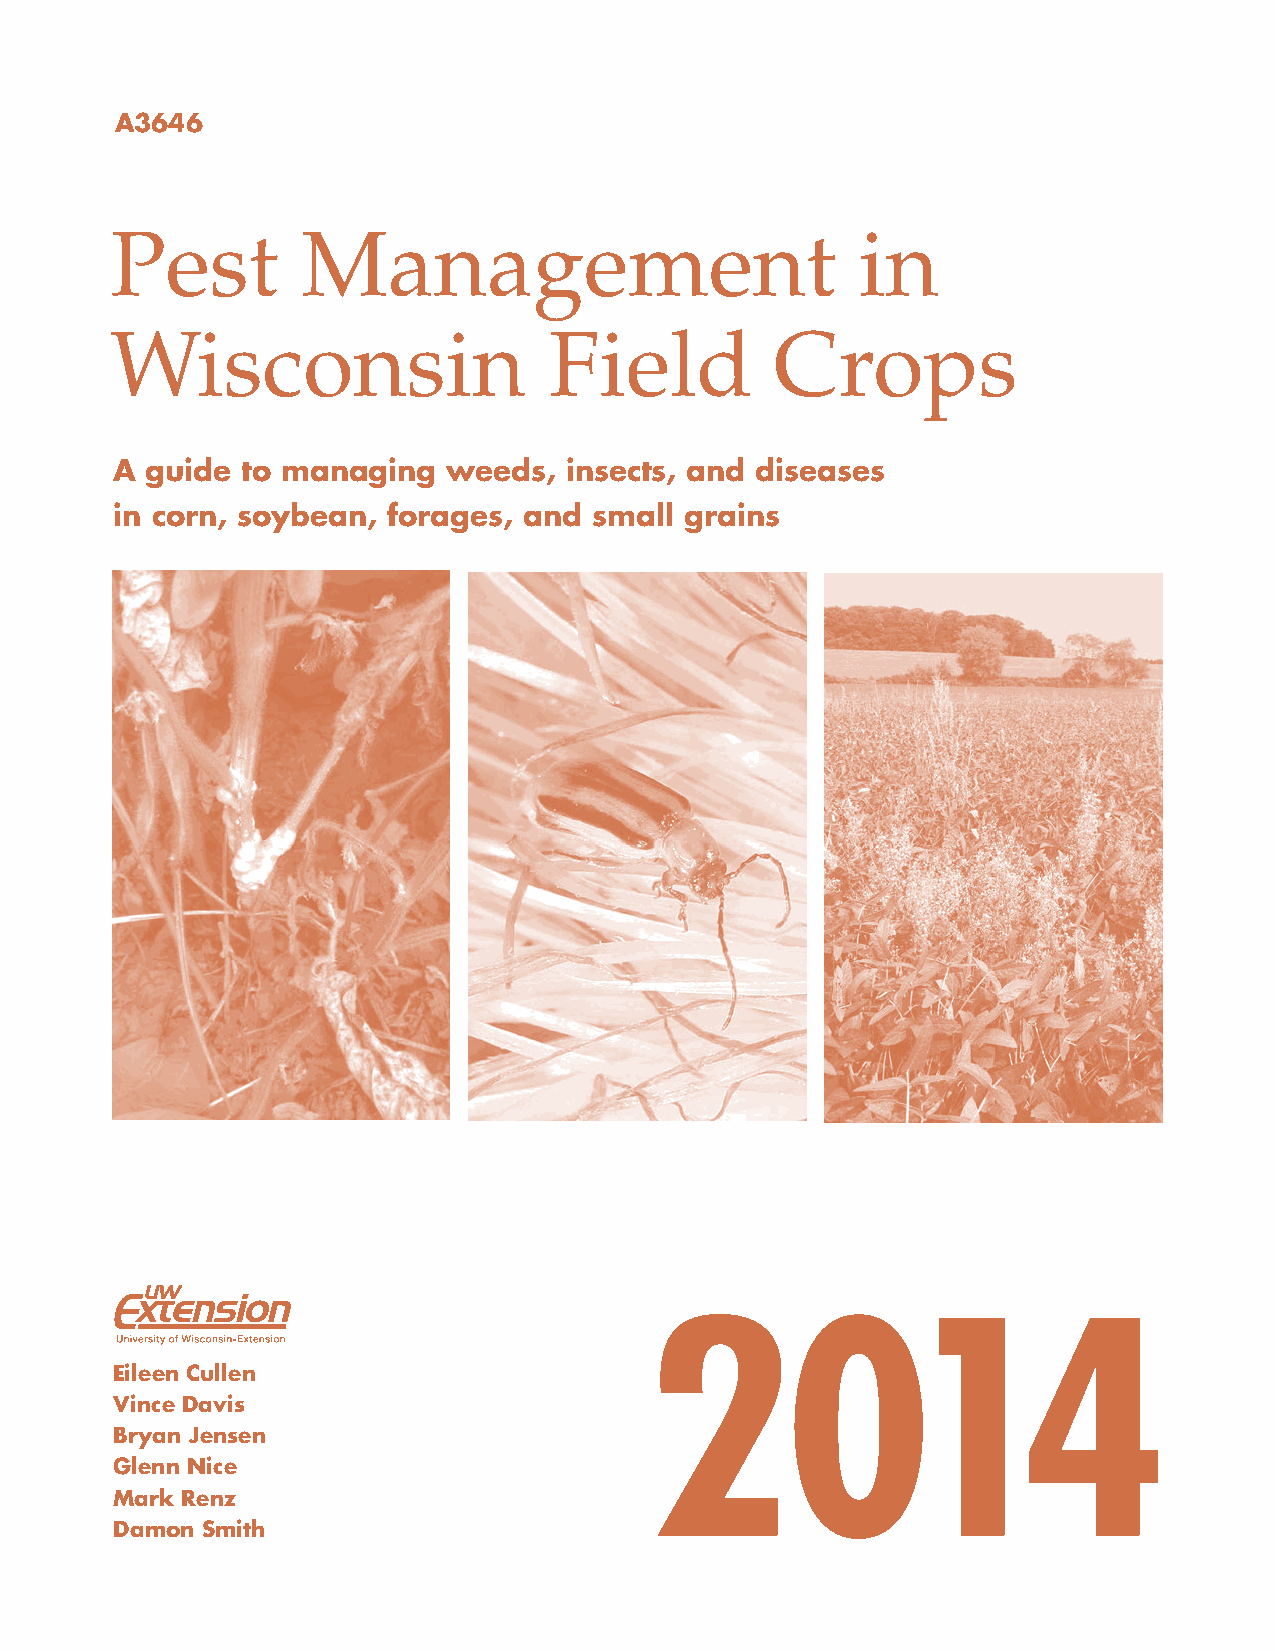
A3646
 Pest         Management                           in
 Wisconsin                    Field          Crops
 A guide to managing   weeds,  insects, and diseases
 in corn, soybean, forages, and small grains
 2014
 Eileen Cullen
 Vince Davis
 Bryan Jensen
 Glenn Nice
 Mark Renz
 Damon Smith